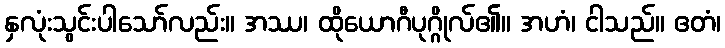
နှလုံးသွင်းပါသော်လည်း။ အဿ၊ ထိုယောဂီပုဂ္ဂိုလ်၏။ အဟံ၊ ငါသည်။ ဧတံ၊